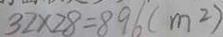
3 2 \times 2 8 = 8 9 6 ( m ^ { 2 } )